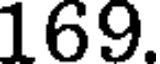
169.